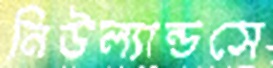
নিউল্যান্ডসে